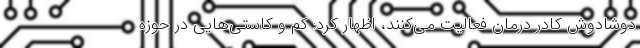
دوشادوش کادر درمان فعالیت می‌کنند، اظهار کرد: کم و کاستی‌هایی در حوزه